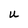
Character: U